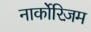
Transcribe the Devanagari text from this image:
नार्कोरिज़म